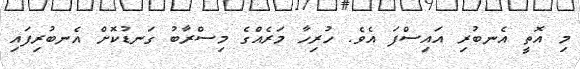
މި އޮތީ އެނބުރި އައިސްފަ އެވެ. ހުރިހާ މަރެއްގެ މިސްރާބު ގަނޑުކޮށް އެނބުރިފައި